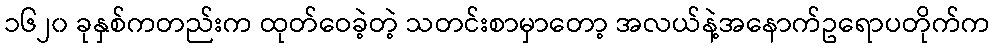
၁၆၂၀ ခုနှစ်ကတည်းက ထုတ်ဝေခဲ့တဲ့ သတင်းစာမှာတော့ အလယ်နဲ့အနောက်ဥရောပတိုက်က